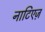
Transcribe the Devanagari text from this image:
नाटिएज़